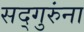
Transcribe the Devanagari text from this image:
सद्गुरुंना